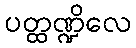
ပတ္ထဏ္ဍိလေ